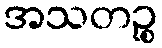
အသတဉ္စ